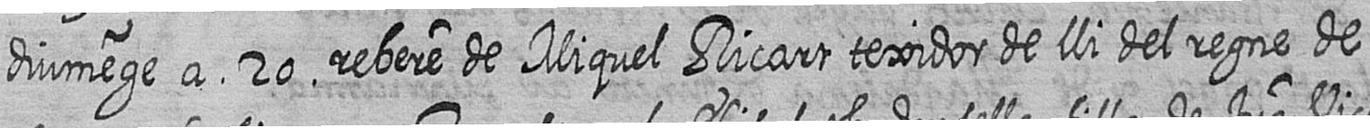
diumege a 20 rebere de Miquel Ricart texidor de lli del regne de